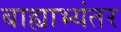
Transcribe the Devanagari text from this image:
बाह्याभ्यंतर